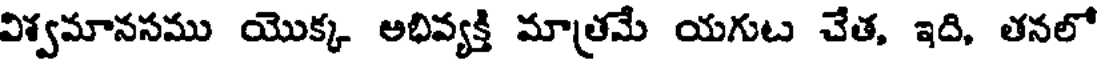
విశ్వమానసము యొక్క అభివ్యక్తి మాత్రమే యగుట చేత, ఇది, తనలో